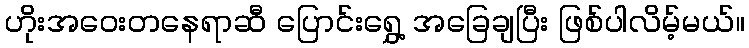
ဟိုးအဝေးတနေရာဆီ ပြောင်းရွှေ့ အခြေချပြီး ဖြစ်ပါလိမ့်မယ်။